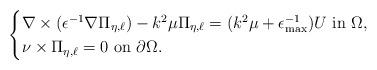
LaTeX: \begin{align*}\begin{cases}\nabla\times(\epsilon^{-1}\nabla\Pi_{\eta,\ell})-k^{2}\mu\Pi_{\eta,\ell}=(k^{2}\mu+\epsilon_{\max}^{-1})U\mbox{ in }\Omega,\\\nu\times\Pi_{\eta,\ell}=0\mbox{ on }\partial\Omega. & \mbox{}\end{cases}\end{align*}